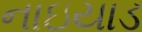
નાઇયાડ